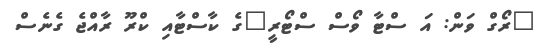
"ރޯގް ވަން: އަ ސްޓާ ވޯސް ސްޓޯރީ"ގެ ކާސްޓާއި ކްރޫ ރާއްޖެ ގެނެސް